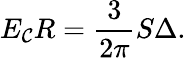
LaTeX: E_{\mathcal{C}}R=\frac{{3}}{{2\pi}}S\Delta.